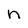
Character: n